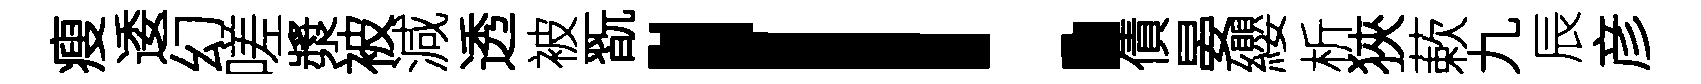
瘦逶幻嗟漿被減透被翫！債晏纓析狹蔌九辰彦